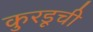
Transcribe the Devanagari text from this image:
कुरडूची